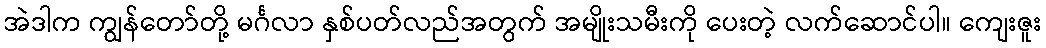
အဲဒါက ကျွန်တော်တို့ မင်္ဂလာ နှစ်ပတ်လည်အတွက် အမျိုးသမီးကို ပေးတဲ့ လက်ဆောင်ပါ။ ကျေးဇူး